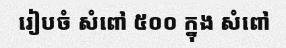
រៀបចំ សំពៅ ៥០០ ក្នុង សំពៅ